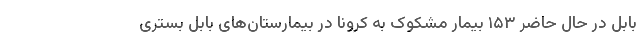
بابل در حال حاضر ۱۵۳ بیمار مشکوک به کرونا در بیمارستان‌های بابل بستری